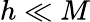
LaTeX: h\ll M